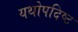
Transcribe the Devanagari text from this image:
यथोपदिष्ट